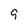
Character: q